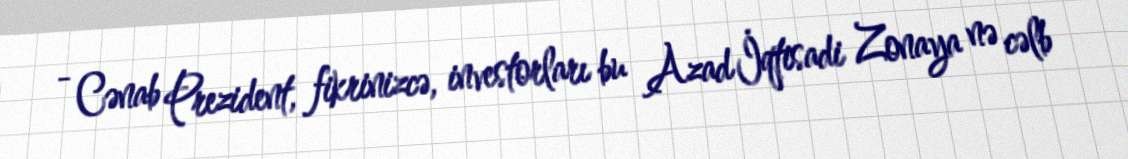
- Cənab Prezident, fikrinizcə, investorları bu Azad İqtisadi Zonaya nə cəlb